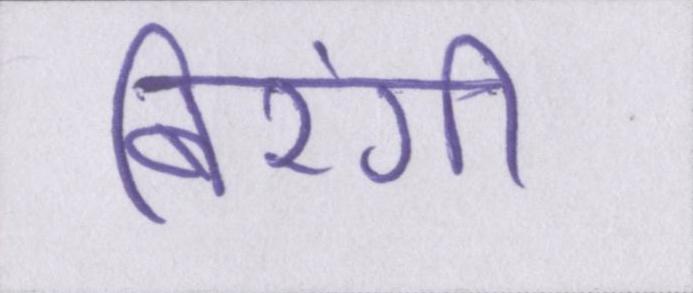
बिरंगी